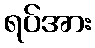
ရပ်အား